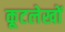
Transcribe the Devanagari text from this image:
कूटलेखों